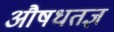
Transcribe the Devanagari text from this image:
औषधतज्ञ